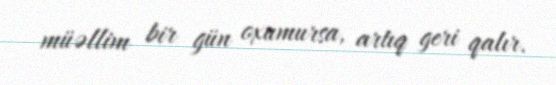
müəllim bir gün oxumursa, artıq geri qalır.